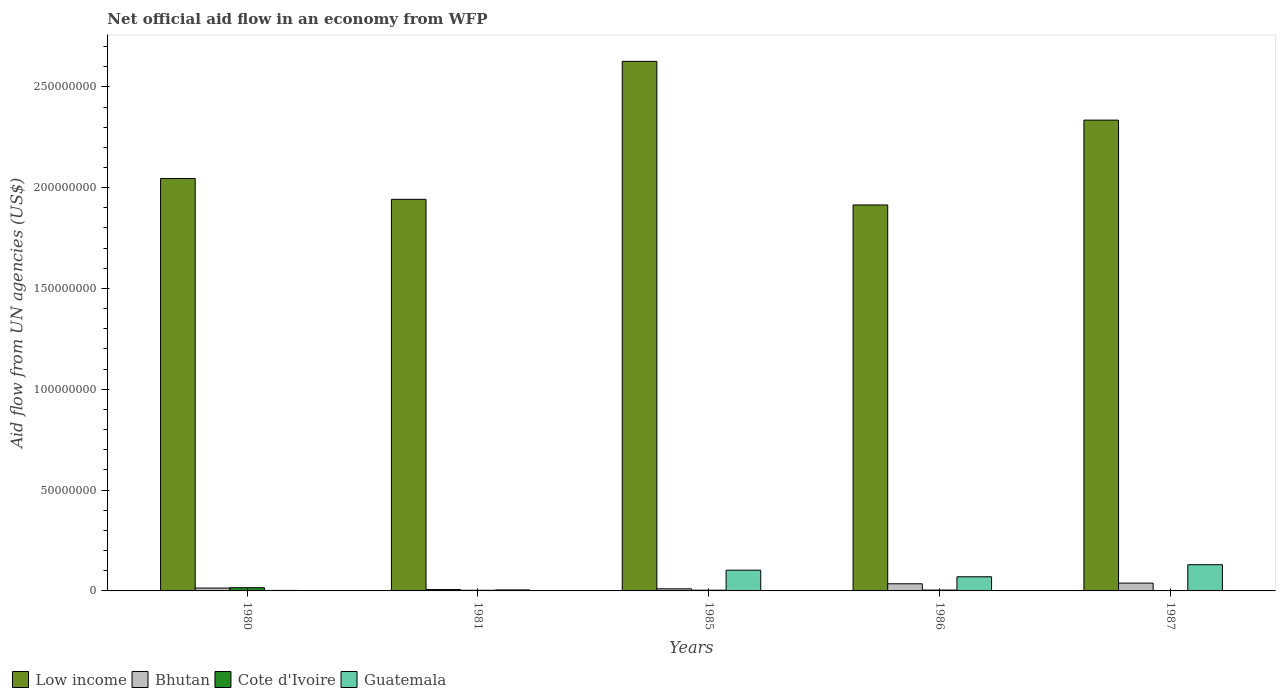
| Years | Low income | Bhutan | Cote d'Ivoire | Guatemala |
 | --- | --- | --- | --- | --- |
 | 1980 | 2.05e+08 | 1.42e+06 | 1.6e+06 | 2.4e+05 |
 | 1981 | 1.94e+08 | 6.8e+05 | 3.1e+05 | 5e+05 |
 | 1985 | 2.63e+08 | 1.04e+06 | 3.7e+05 | 1.03e+07 |
 | 1986 | 1.91e+08 | 3.54e+06 | 4.3e+05 | 7.02e+06 |
 | 1987 | 2.33e+08 | 3.87e+06 | 6e+04 | 1.3e+07 |